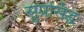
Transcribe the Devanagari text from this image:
सुप्रसि़द्घ